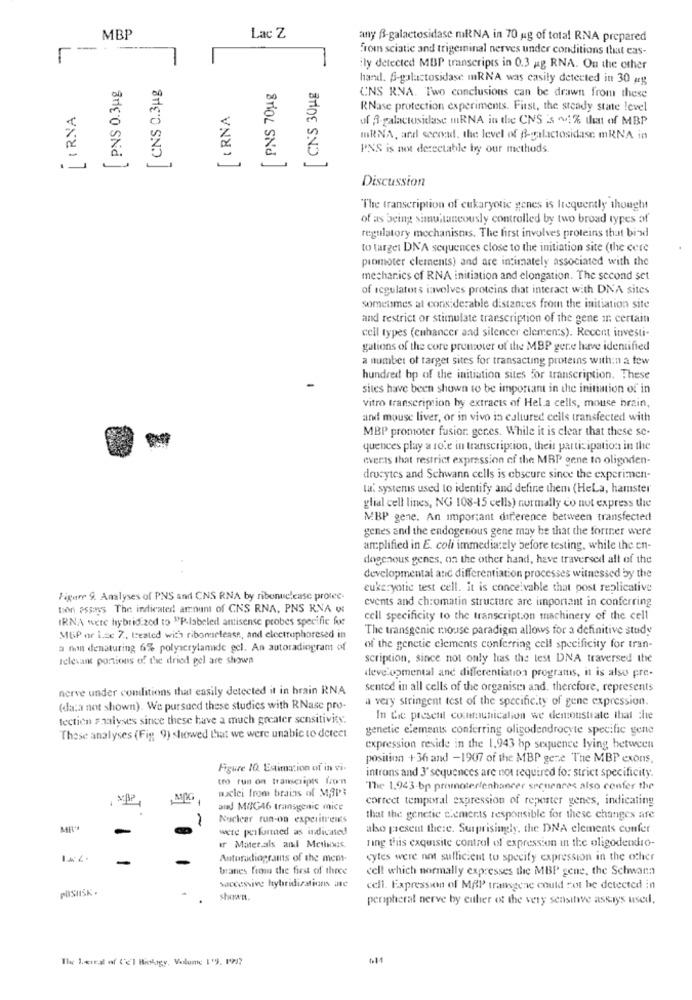
Lac Z
MBP
any B-galactosidase miRNA in 70 ug of total RNA prepared
-
-
From sciatic and trigeminal nerves under conditions that eas-
ily detected MBP transcripts in 0.3 ag RNA. On the other
CNS 0.3 Hg
hand. S-galactosidase mRNA was easily detected in 30 æg
PNS 0.3ug
PNS 70ug
CNS 30ug
UNS RNA. Two conclusions can be drawn from these
IRNA
URNA
RNase protection experiments. First, the steady state level
of A galactusidase mRNA in the CNS is ~1% that of MBP
MRNA, and seenad. the level of f-galactosidase mRNA in
PNS is not detectable by our methods.
Discussion
The transcription of eukaryotic genes is frequently thought
of as being simultaneously controlled by two broad types of
regulatory mechanisms. The first involves proteins that bind
to target DNA sequences close to the initiation site (the cere
promoter clements) and are intimately associated with the
mechanics of RNA initiation and elongation. The second set
of regulators involves proteins that interact with DNA sites
Sometimes at considerable distances from the initiation site
and restrict or stimulate transcription of the gene in certain
cell types (cuhancer and silencer clements). Recent investi-
gations of the core promoter of the MBP gere have identified
a number of target sites for transacting proteins with:n a few
hundred bp of the initiation sites for transcription. These
sites have been shown to be important in the initiation of in
Vitro transcription by extracts of Hel a cells, mouse brain,
and mouse liver, or in vivo is caltured cells transfected with
MBP promoter fusion genes. While it is clear that these sc.
quences play a role in transcription, their participation in the
everis that restrict expression of the MBP gene to oligoden-
drocytes and Schwann cells is ebscure since the experimen-
la' systems used to identify and define them (HeLa, hamster
glial cell lines, NG 108-15 cells) normally co not express the
MBP gene. An important difference between transfected
genes and the endogenous gene may be that the former were
amplified in E. coli immediately before testing, while the en-
dogenous genes, on the other hand, have traversed all of the
developmental and differentiation processes witnessed by the
eukaryotic test cell. it is conceivable that post replicative
Figure 9. Analyses of PNS and CNS RNA by ribonuclease protec-
events and chromatin structure are important in conferring
tion assinys The indicated amount of CNS RNA, PNS RNA w
IRNA were hybridized to "P-labeled antisense probes specific for
cell specificity to the transcription machinery of the cell
The transgenic mouse paradigm allows for a definitive study
MUP or I .= c 7 ., leated with ribonuelease, and electrophoresed in
a non denaturing 6% polyacrylamide gel. An autoradiogram of
of the genetic clements conferring cell specificity for tran-
relevant portions of the dried gel are shown
scription, since not only has the test DNA traversed the
developmental and differentiation programs, it is also pre-
nerve under conditions that easily detected it in brain RNA
sented in all cells of the organism and, therefore, represents
a very stringent test of the specificity of gene expression.
(data not shown). We pursued these studies with RNase pro-
tectien analyses since these have a much greater sensitivity.
In die present communication we demonstrate that che
genetic elements conferring oligodendrocyte specific gene
These analyses (Fin 9) showed that we were unable to detect
expression reside in the 1,943 bp sequence lying between
position +36 and -1907 of the MBP gene The MBP exons,
Figure 10. Estimation of in vi-
tro run on transcripts from
introns and 3' sequences are not required for strict specificity.
"The 1.943-bp promoterfenhancer srenenres also confer the
nuclei from brains of M3PR
correct temporal expression of reporter genes, indicating
and MIG46 transgenic mice
Nuclear run-on experifreies
that the genetic elements responsible for these changes are
were performed as indicated
also present the:e. Surprisingly, the DNA elements confer
ir Mater.als and Metinwis
ning this exquisite control of expression in the oligodendro-
Autoradiograms of the mem-
cytes were not sufficient to specify expression in the other
branes from the first of three
cell which normally expresses the MBP gene, the Schwann
successive hybridizations ate
PUSHISK .
cell. Expression of MAP transgene could not be detected in
peripheral nerve by either of the very sensitive assays used,
The 1.cit.al of C'el Biokigy, Volume ['9. 1722